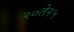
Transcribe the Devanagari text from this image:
२०ते२५